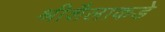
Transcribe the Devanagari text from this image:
श्रीशैलाकडे